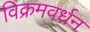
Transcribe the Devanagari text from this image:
विक्रमवर्धन